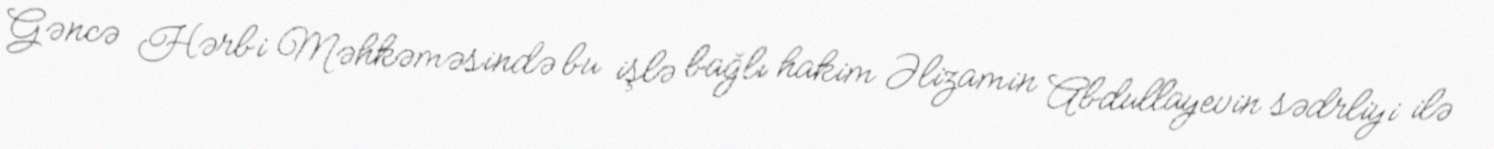
Gəncə Hərbi Məhkəməsində bu işlə bağlı hakim Əlizamin Abdullayevin sədrliyi ilə